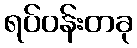
ရပ်ဝန်းတခု